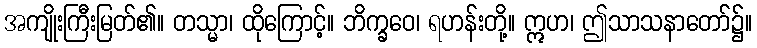
အကျိုးကြီးမြတ်၏။ တသ္မာ၊ ထိုကြောင့်။ ဘိက္ခဝေ၊ ရဟန်းတို့။ ဣဟ၊ ဤသာသနာတော်၌။